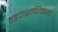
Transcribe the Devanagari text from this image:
दंडपाशाधिकरण